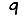
Digit: 9